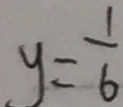
y = \frac { 1 } { 6 }